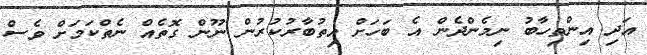
އަދި އިންތިހާބު ނިމެންދެން އެ ބަހަށް އިތުބާރުކުރުން ނޫން ގޮތެއް ނެތްކަމަށް ވެސް